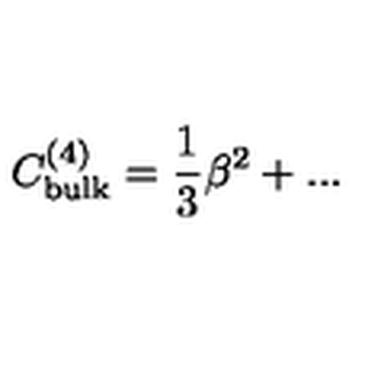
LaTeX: C _ { \mathrm { b u l k } } ^ { ( 4 ) } = \frac { 1 } { 3 } \beta ^ { 2 } + . . .